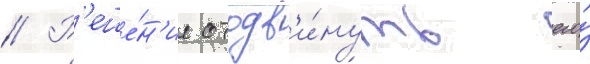
// Р'еше́н'ие отодв'и́нуть его́